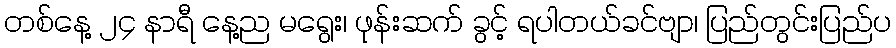
တစ်နေ့ ၂၄ နာရီ နေ့ည မရွေး၊ ဖုန်းဆက် ခွင့် ရပါတယ်ခင်ဗျာ၊ ပြည်တွင်းပြည်ပ